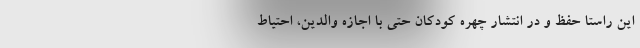
این راستا حفظ و در انتشار چهره کودکان حتی با اجازه والدین، احتیاط